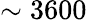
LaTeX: \sim 3600